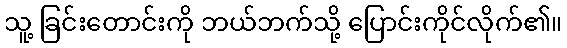
သူ့ ခြင်းတောင်းကို ဘယ်ဘက်သို့ ပြောင်းကိုင်လိုက်၏။